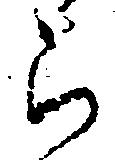
ら